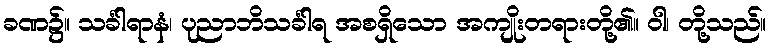
ခဏ၌။ သင်္ခါရာနံ၊ ပုညာဘိသင်္ခါရ အစရှိသော အကျိုးတရားတို့၏။ ဝါ၊ တို့သည်။